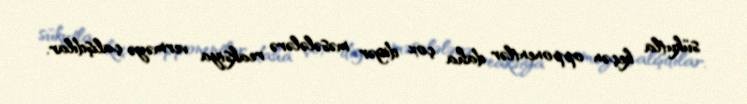
sükutla keçən opponentlər daha çox digər məsələlərə reaksiya verməyə çalışdılar.